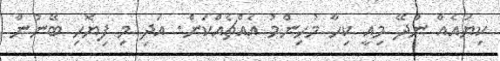
ކިޔައެއް ނުދޭ މިއީ ކިހާ މުހިންމު އެއްޗެއްކަން. އަދި މި ފިޔޮހި ބޭނުން